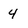
Character: 4